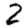
Digit: 2